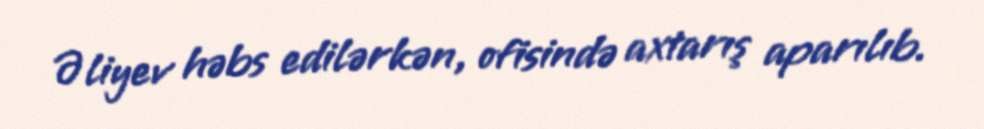
Əliyev həbs edilərkən, ofisində axtarış aparılıb.